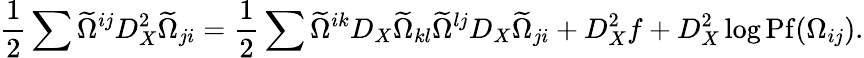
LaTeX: \frac{1}{2}\sum\widetilde{\Omega}^{ij}D_{X}^{2}\widetilde{\Omega}_{ji}=\frac{1}{2}\sum\widetilde{\Omega}^{ik}D_{X}\widetilde{\Omega}_{kl}\widetilde{\Omega}^{lj}D_{X}\widetilde{\Omega}_{ji}+D_{X}^{2}f+D_{X}^{2}\log\mathrm{Pf}(\Omega_{ij}).